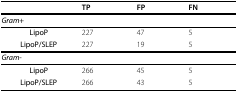
|  | TP | FP | FN |
 | --- | --- | --- | --- |
 | Gram+ |  |  |  |
 | LipoP | 227 | 47 | 5 |
 | LipoP/SLEP | 227 | 19 | 5 |
 | Gram- |  |  |  |
 | LipoP | 266 | 45 | 5 |
 | LipoP/SLEP | 266 | 43 | 5 |